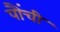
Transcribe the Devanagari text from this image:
पौंची